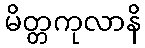
မိတ္တကုလာနိ